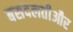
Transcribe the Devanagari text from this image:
बसदलतीऔर